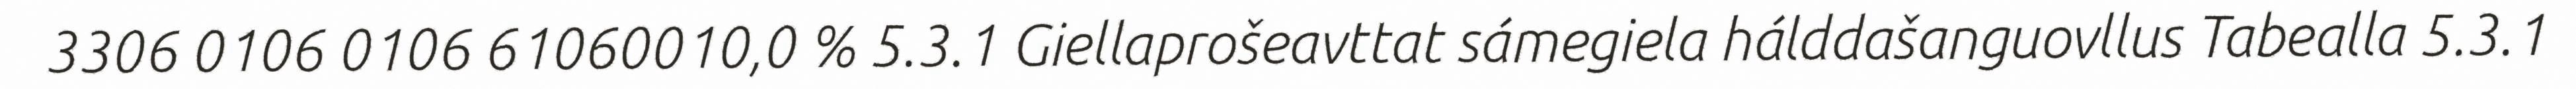
3306 0106 0106 61060010,0 % 5.3.1 Giellaprošeavttat sámegiela hálddašanguovllus Tabealla 5.3.1